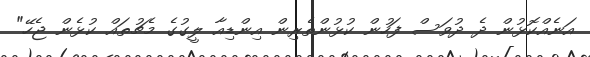
އަނެއްކޮޅުން ދެ ދުވަސް ފަހުން ކުޅުންތެރިން އިންޑިއާ ލީގުގެ މެޗުތައް ކުޅެން ޖެހޭ"